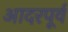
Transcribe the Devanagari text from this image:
आदरपूर्व